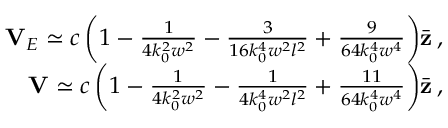
\begin{array} { r } { { \bf V } _ { E } \simeq c \left( 1 - \frac { 1 } { 4 k _ { 0 } ^ { 2 } w ^ { 2 } } - \frac { 3 } { 1 6 k _ { 0 } ^ { 4 } w ^ { 2 } l ^ { 2 } } + \frac { 9 } { 6 4 k _ { 0 } ^ { 4 } w ^ { 4 } } \right) \! \bar { \bf z } \, , } \\ { { \bf V } \simeq c \left( 1 - \frac { 1 } { 4 k _ { 0 } ^ { 2 } w ^ { 2 } } - \frac { 1 } { 4 k _ { 0 } ^ { 4 } w ^ { 2 } l ^ { 2 } } + \frac { 1 1 } { 6 4 k _ { 0 } ^ { 4 } w ^ { 4 } } \right) \! \bar { \bf z } \, , } \end{array}